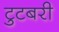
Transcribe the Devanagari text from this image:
टुटबरी